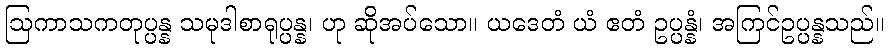
ဩကာသကတုပ္ပန္န သမုဒါစာရုပ္ပန္န၊ ဟု ဆိုအပ်သော။ ယဒေတံ ယံ ဧတံ ဥပ္ပန္နံ၊ အကြင်ဥပ္ပန္နသည်။